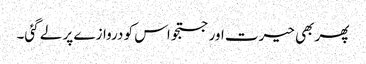
پھر بھی حیرت اور جستجو اس کو دروازے پر لے گئی۔